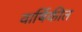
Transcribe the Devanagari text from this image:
वार्षिकीत